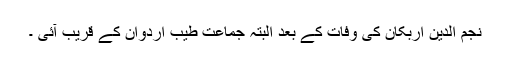
نجم الدین اربکان کی وفات کے بعد البتہ جماعت طیب اردوان کے قریب آئی ۔